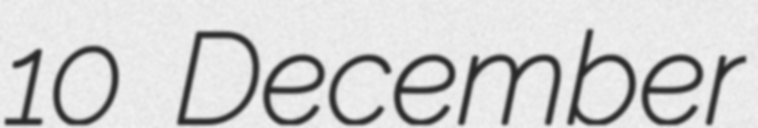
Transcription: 10 December